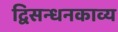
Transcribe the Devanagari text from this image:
द्विसन्धनकाव्य